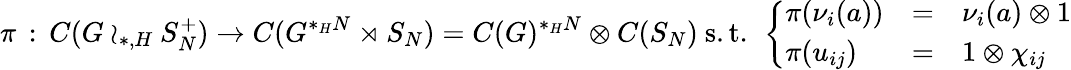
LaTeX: \pi\, :\, C(G\wr_{*,H}S_{N}^{+})\rightarrow C(G^{*_{H}N}\rtimes S_{N})=C(G)^{*_{H}N}\otimes C(S_{N})\mathrm{~s.t.~}\left\{ \begin{array}{lcl}{\pi(\nu_{i}(a))}&{=}&{\nu_{i}(a)\otimes 1}\\ {\pi(u_{ij})}&{=}&{1\otimes\chi_{ij}}\end{array}\right.